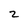
Character: 2